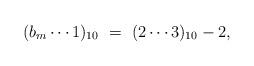
LaTeX: \begin{align*} (b_m\cdots 1)_{10} \ =\ (2\cdots 3)_{10}-2,\end{align*}